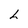
Character: h